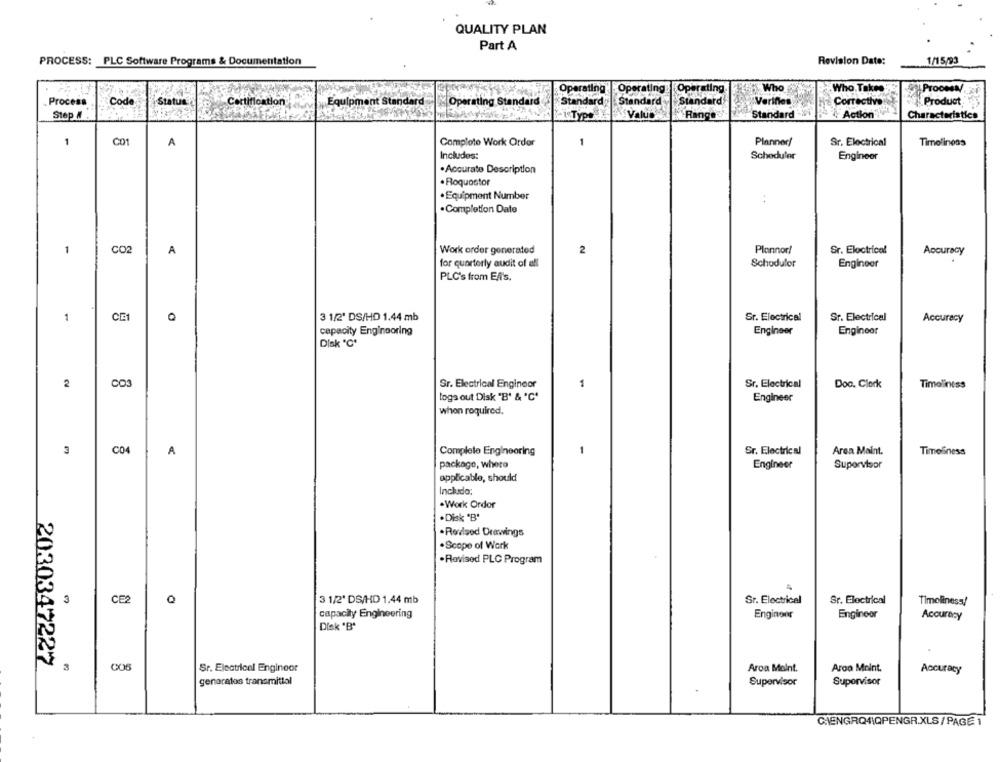
QUALITY PLAN
Part A
PROCESS: PLC Software Programs & Documentation
Revision Date:
1/15/93
Operating
Operating
Operating.
Who
Who Takes
APTOOMN.
Standard
Product
Process
Code
Status
Certification
Equipment Standard
Operating Standard
Standard
Standard
Verifies
Corrective
Values
Rings's
Standard
Action
Characteristics
Step #
1
C01
A
Comploto Work Order
1
Planner
Sr. Electrical
Timeliness
Includes:
Scheduler
Engineer
.Accurate Description
. Roquostor
·Equipment Number
. Completion Date
1
CO2
A
Work order generated
2
Plannor!
Sr. Electrical
Accuracy
for quarterly audit of all
Schodulor
Engineer
PLC's from EA's.
1
CE1
3 1/2' DS/HD 1.44 mb
Sr. Electrical
Sr. Electrical
Accuracy
capacity Enginooring
Engineer
Engineer
Dlak "℃"
2
CO3
Sr. Electrical Engineer
1
Sr. Electrical
Doo. Clark
Timeliness
togs out Disk "B' & 'C'
Engineer
when required.
C04
Sr. Electrical
3
A
Complete Engineering
Area Maint.
Timeliness
package, where
Engineer
Supervisor
applicable, should
Includo:
. Work Ordor
.Disk "B"
.Revised Drawings
.Scope of Work
.Revised PLC Program
4
3
CE2
Q
3 1/2' DS/HD 1.44 mb
Sr. Electrical
Sr. Electrical
Timeliness/
capacity Engineering
Engineer
Engineer
Accuracy
Disk "B"
2030347227
3
Sr. Electrical Engineor
Aroa Molnt.
Aroo Molnt.
Accuracy
genaratos transmittal
Supervisor
Supervisor
CHIENGRQ4\QPENGR.XLS / PAGE 1